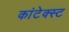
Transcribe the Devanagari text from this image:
कांटेक्स्ट